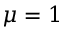
\mu = 1